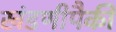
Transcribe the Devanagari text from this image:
खंडणीपैकी